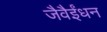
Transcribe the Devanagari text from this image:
जैवैईंधन